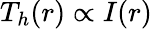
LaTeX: T_{h}(r)\propto I(r)